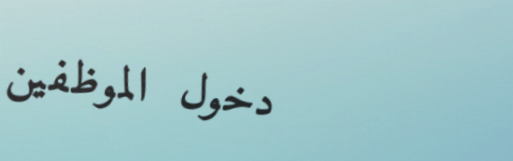
دخول الموظفين